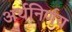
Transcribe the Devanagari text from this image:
अर्थनिर्णय